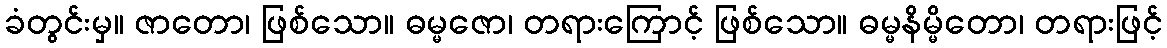
ခံတွင်းမှ။ ဇာတော၊ ဖြစ်သော။ ဓမ္မဇော၊ တရားကြောင့် ဖြစ်သော။ ဓမ္မနိမ္မိတော၊ တရားဖြင့်